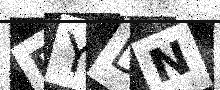
Text: RYDN